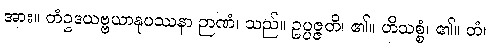
အား။ တံဥဒယဗ္ဗယာနုပဿနာ ဉာဏံ၊ သည်။ ဥပ္ပဇ္ဇတိ၊ ၏။ ဟိသစ္စံ၊ ၏။ တံ၊